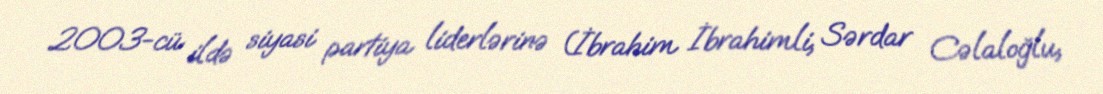
2003-cü ildə siyasi partiya liderlərinə (İbrahim İbrahimli, Sərdar Cəlaloğlu,